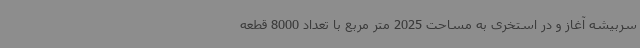
سربیشه آغاز و در استخری به مساحت 2025 متر مربع با تعداد 8000 قطعه